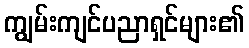
ကျွမ်းကျင်ပညာရှင်များ၏